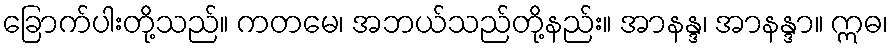
ခြောက်ပါးတို့သည်။ ကတမေ၊ အဘယ်သည်တို့နည်း။ အာနန္ဒ၊ အာနန္ဒာ။ ဣဓ၊